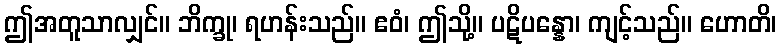
ဤအတူသာလျှင်။ ဘိက္ခု၊ ရဟန်းသည်။ ဧဝံ၊ ဤသို့။ ပဋိပန္နော၊ ကျင့်သည်။ ဟောတိ၊